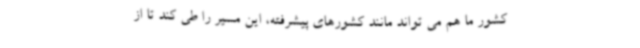
کشور ما هم می تواند مانند کشورهای پیشرفته، این مسیر را طی کند تا از